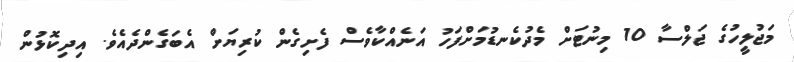
މަޖުލީހުގެ ޖަލްސާ 10 މިނުޓަށް މެދުކެނޑުމަށްފަހު އަނެއްކާވެސް ފެށިގެން ކުރިޔަށް އެބަގެންދެއެވެ. އިދިކޮޅުން